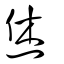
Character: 烋